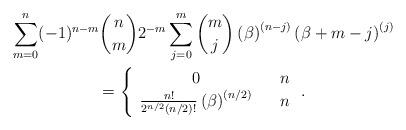
LaTeX: \begin{gather*}\sum_{m=0}^{n}(-1)^{n-m}\binom{n}{m}2^{-m}\sum_{j=0}^{m}\binom{m}{j}\left(\beta \right) ^{\left( n-j\right) }\left( \beta +m-j\right) ^{\left(j\right) } \\=\left\{ \begin{array}{ccc}0 & & n \\ \frac{n!}{2^{n/2}(n/2)!}\left( \beta \right) ^{\left( n/2\right) } & & n\end{array}\right. .\end{gather*}